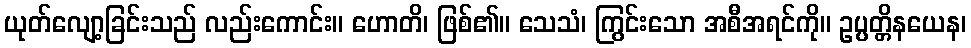
ယုတ်လျော့ခြင်းသည် လည်းကောင်း။ ဟောတိ၊ ဖြစ်၏။ သေသံ၊ ကြွင်းသော အစီအရင်ကို။ ဥပ္ပတ္တိနယေန၊